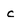
Character: c